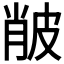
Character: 𤿨